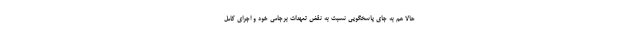
حالا هم به جای پاسخگویی نسبت به نقض تعهدات برجامی خود و اجرای کامل